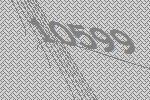
10599